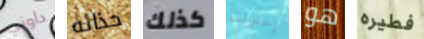
داوني حذائه كذلك إحترقت هو فطيره